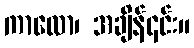
ကာလော၊ အချိန်၎င်း။